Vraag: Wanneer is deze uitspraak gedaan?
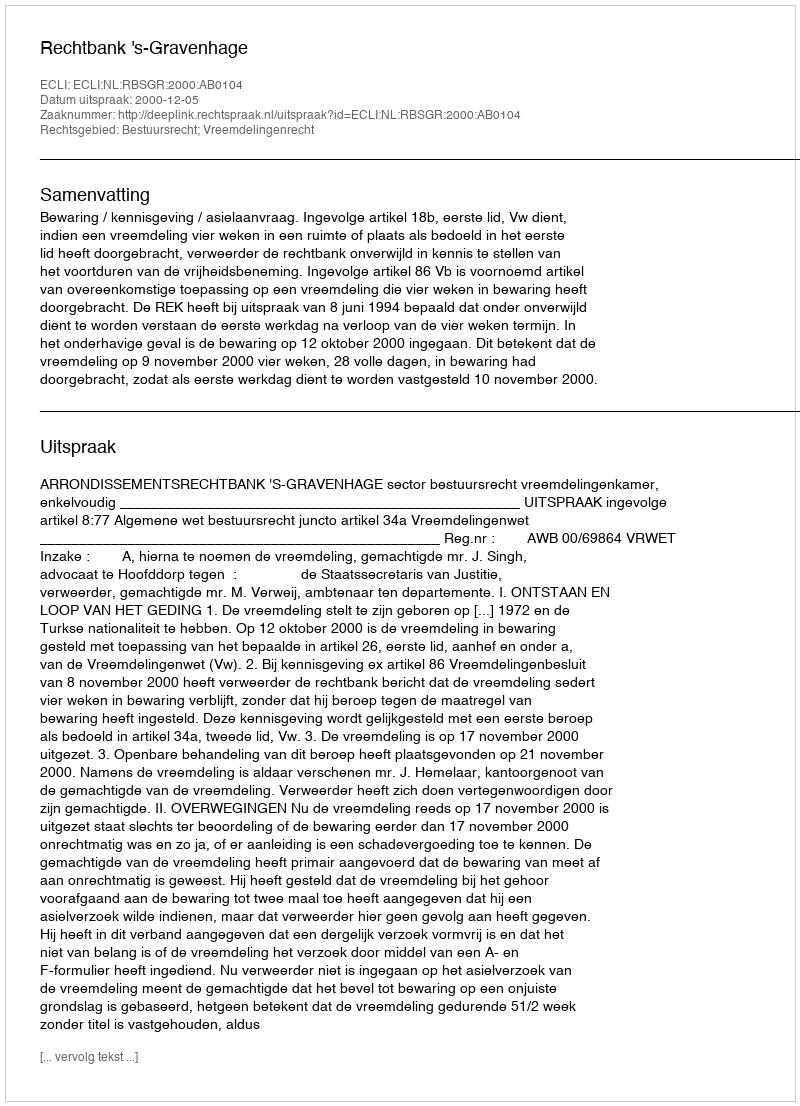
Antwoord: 2000-12-05